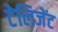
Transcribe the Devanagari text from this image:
टेलिजेंट